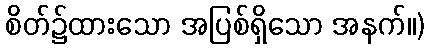
စိတ်၌ထားသော အပြစ်ရှိသော အနက်။)